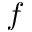
f